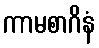
ကာမစာဂိနံ